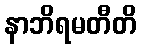
နာဘိရမတီတိ